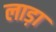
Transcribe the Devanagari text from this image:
लाड़ा